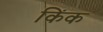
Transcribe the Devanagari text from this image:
किंक